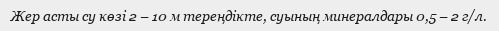
Жер асты су көзі 2 – 10 м тереңдікте, суының минералдары 0,5 – 2 г/л.